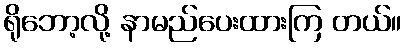
ရိုဘော့လို့ နာမည်ပေးထားကြ တယ်။